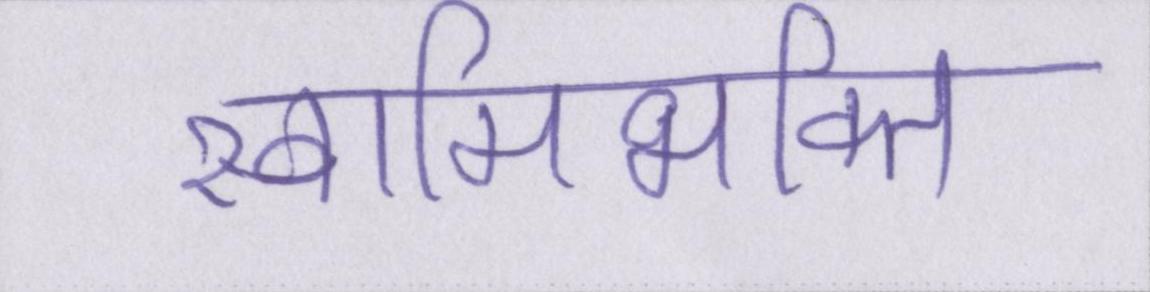
स्वामिभक्ति